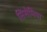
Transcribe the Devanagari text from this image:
सिसेमिया